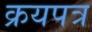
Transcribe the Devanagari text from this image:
क्रयपत्र